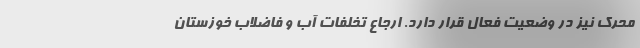
محرک نیز در وضعیت فعال قرار دارد. ارجاع تخلفات آب و فاضلاب خوزستان